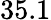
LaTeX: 35.1